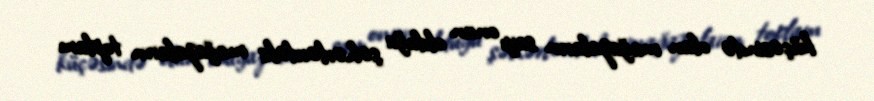
küçəsində olan mağazaların sayı onun olduğu şəhərlərdəki mağazaların toplam